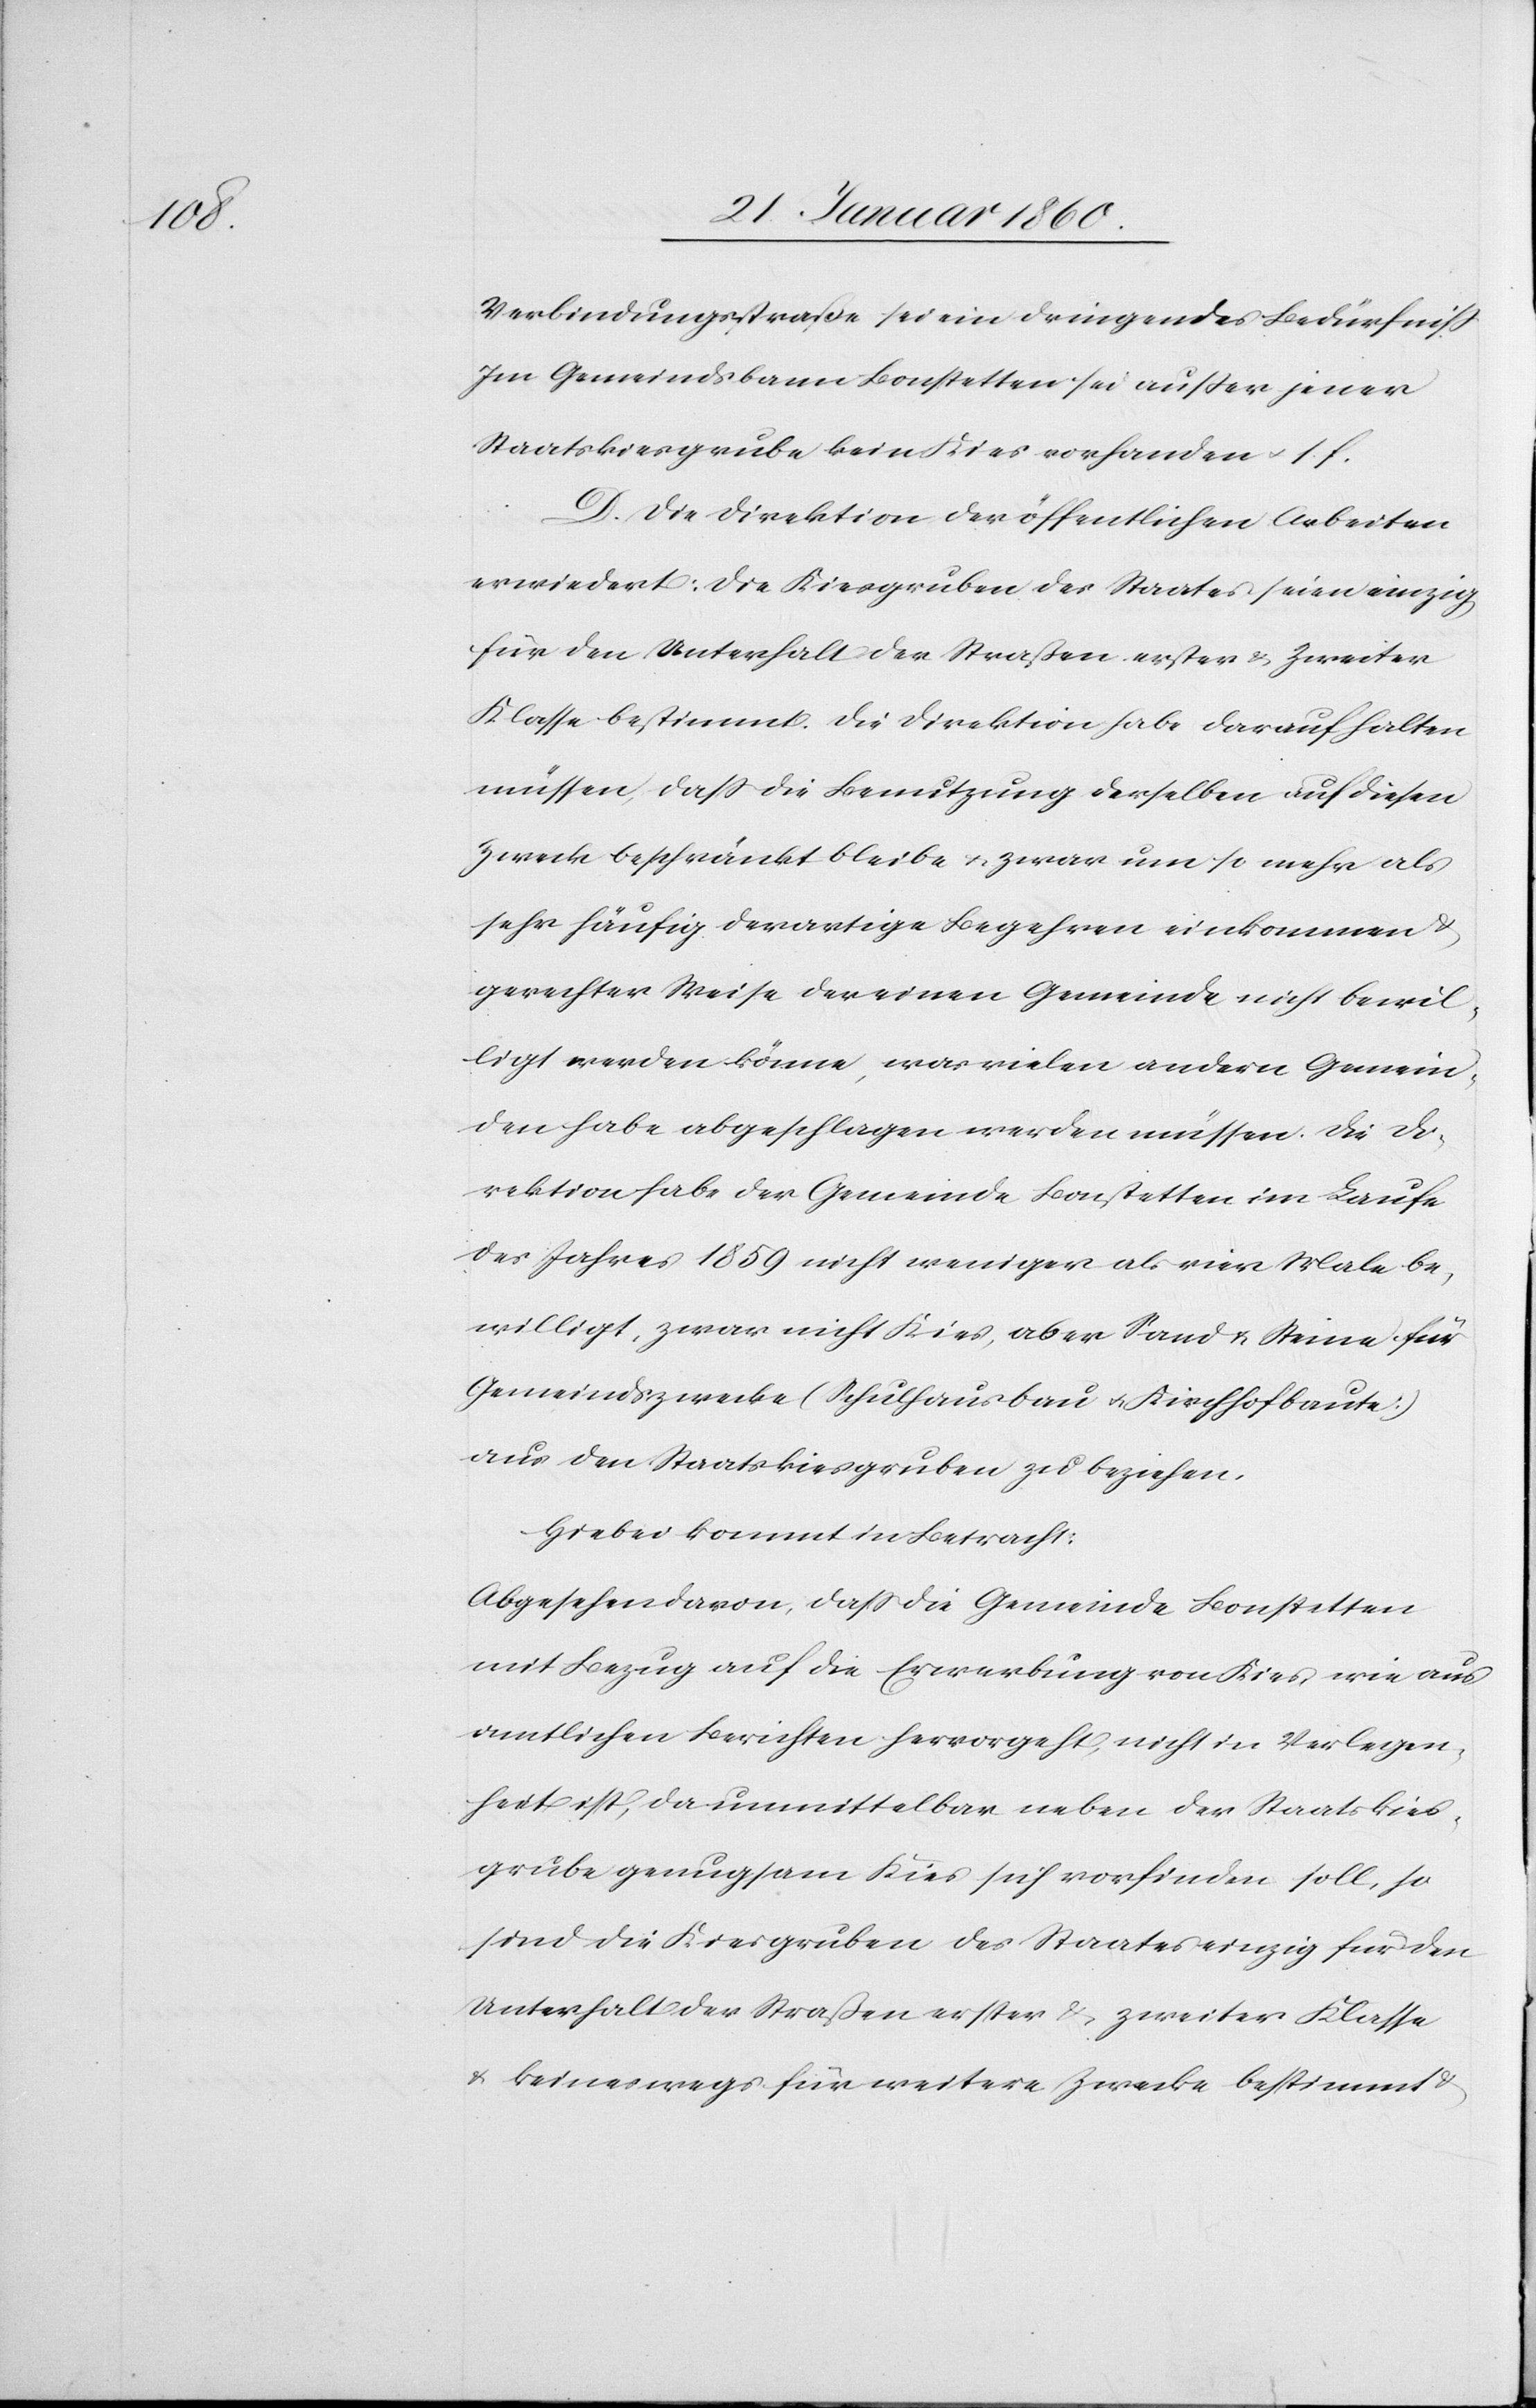
Verbindungsstraße sei ein dringendes Bedürfniss.
Im Gemeindsbann Bonstetten sei außer jener
Staatskiesgrube kein Kies vorhanden u. s.
D. Die Direktion der öffentlichen Arbeiten
erwiedere: Die Kiesgruben des Staates seien einzig
für den Unterhalt der Strassen erster u. Zweiter
Klasse bestimmt. Die Direktion habe darauf halten
müssen, dass die Benutzung derselben auf diesen
Zwecke beschränkt bleibe u. zwar um so mehr als
sehr häufig derartige Begehren einkommen u.
gerechter Weise der einen Gemeinde nicht bewil¬
ligt werden könne, was vielen andern Gemein¬
den habe abgeschlagen werden müssen. Die Di¬
rektion habe der Gemeinde Bonstetten im Laufe
des Jahres 1859 nicht weniger als vier Male be¬
willigt, zwar nicht Kies, aber Sand u. Steine für
Gemeindszwecke (Schulhausbau u. Kirchhofbaute)
aus den Staatskiesgruben zu beziehen.
Hiebei kommt in Betracht:
Abgesehen davon, dass die Gemeinde Bonstetten
mit Bezug auf die Erwerbung von Kies, wie aus
amtlichen Berichten hervorgeht, nicht in Verlegen¬
heit ist, da unmittebar neben der Staatskies¬
grube genugsam Kies sich vorfinden soll, so
sind die Kiesgruben des Staates einzig für den
Unterhalt der Straßen erster u. zweiter Klasse
u. keineswegs für weitere Zwecke bestimmt u.